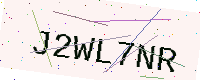
Text: J2WL7NR